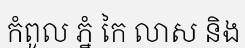
កំពូល ភ្នំ កៃ លាស និង